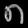
Digit: ၈